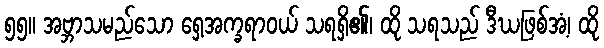
၅၅။ အဗ္ဘာသမည်သော ရှေ့အက္ခရာဝယ် သရရှိ၏၊ ထို သရသည် ဒီဃဖြစ်အံ့၊ ထို